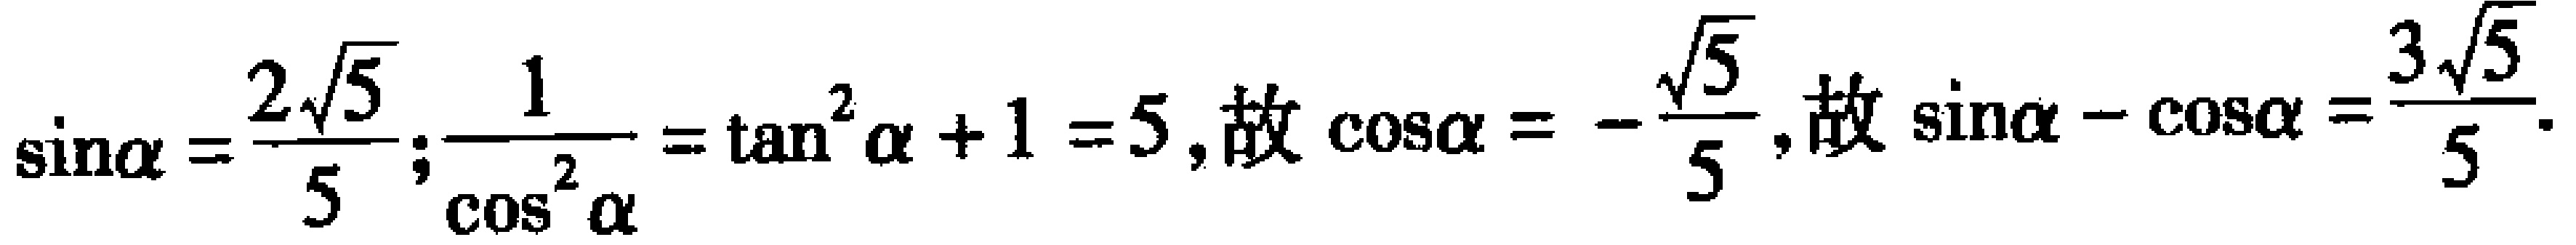
$\sin\alpha =\frac{2\sqrt{5}}{5};\frac{1}{\cos^{2}\alpha }=\tan^{2}\alpha +1 = 5,故\ \cos\alpha =-\frac{\sqrt{5}}{5},故\ \sin\alpha -\cos\alpha =\frac{3\sqrt{5}}{5}.$